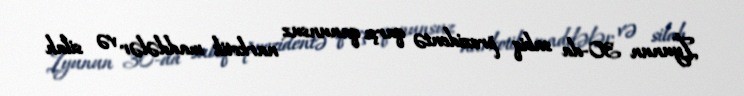
İyunun 30-da sabiq prezidentə qarşı qanunsuz narkotik maddələr və silah